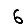
Digit: 6